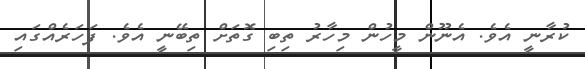
ކުރާނީ އެވެ. އެނޫން މީހުން މިހާރު ތިބި ގޮތަށް ތިބޭނީ އެވެ. ފަހަރެއްގައި